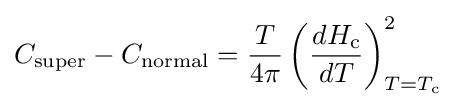
C_{\text{super}}-C_{\text{normal}}={T \over 4\pi }\left({\frac {dH_{\text{c}}}{dT}}\right)_{T=T_{\text{c}}}^{2}